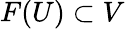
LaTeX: F(U)\subset V